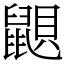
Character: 鼰